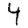
Digit: 4